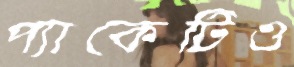
প্যাকেটিও